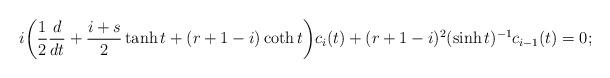
LaTeX: \begin{align*}i\bigg(\frac{1}{2}\frac{d}{dt}+\frac{i+s}{2}\tanh t +(r+1-i)\coth t\bigg)c_i(t)+(r+1-i)^2(\sinh t)^{-1}c_{i-1}(t)=0;\end{align*}